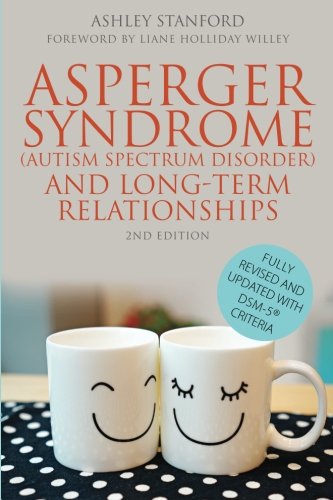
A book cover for Asperger Syndrome (Autism Spectrum Disorder) and Long-Term Relationships: Fully Revised and Updated with DSM-5Â® Criteria Second Edition; Ashley Stanford; Parenting & Relationships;